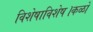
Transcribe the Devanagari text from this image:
विशेषाविशेष।कळों